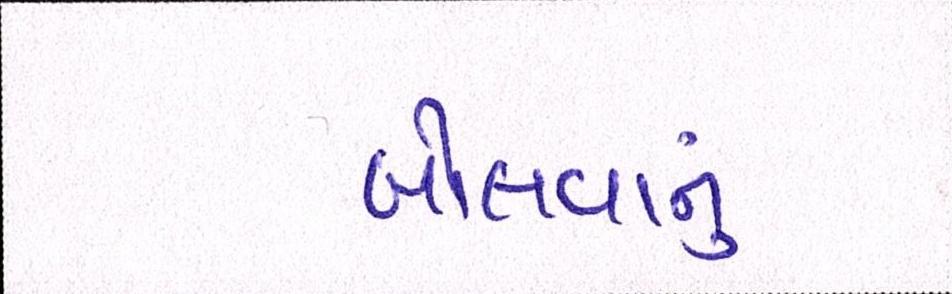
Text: બોલવાનું